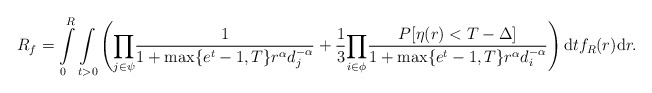
\begin{align*} R_f = \int\limits_{0}^{R}\underset{t>0}\int\left(\underset{j \in \psi}\prod\frac{1}{1+\max\{e^t-1,T\} r^\alpha d_j^{-\alpha}}+\frac{1}{3}\underset{i \in \phi}\prod\frac{P[\eta(r)<T-\Delta]}{1+\max\{e^t-1,T\}r^\alpha d_i^{-\alpha}}\right)\mathrm{d}tf_R(r)\mathrm{d}r.\end{align*}